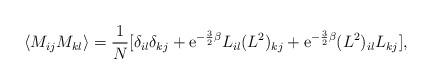
LaTeX: \begin{align*}\langle M_{ij}M_{kl}\rangle = \frac{1}{N}[\delta_{il}\delta_{kj}+{\rm e}^{-\frac{3}{2}\beta}L_{il}(L^2)_{kj}+{\rm e}^{-\frac{3}{2}\beta}(L^2)_{il}L_{kj}],\end{align*}